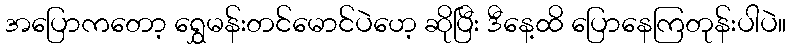
အပြောကတော့ ရွှေမန်းတင်မောင်ပဲဟေ့ ဆိုပြီး ဒီနေ့ထိ ပြောနေကြတုန်းပါပဲ။